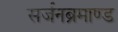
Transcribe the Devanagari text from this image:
सर्जनब्रमाण्ड